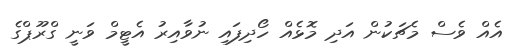
އެއް ވެސް މެޗަކުން އަދި މޮޅެއް ހޯދިފައި ނުވާއިރު އެޓީމް ވަނީ ގްރޫޕްގެ